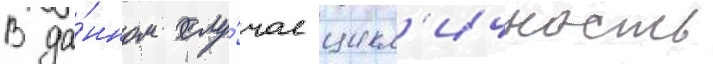
В да́нном слу́чае цикл'ичность